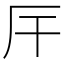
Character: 厈